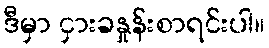
ဒီမှာ ငှားခနှုန်းစာရင်းပါ။